Report on horse surra - Volume II, Part I
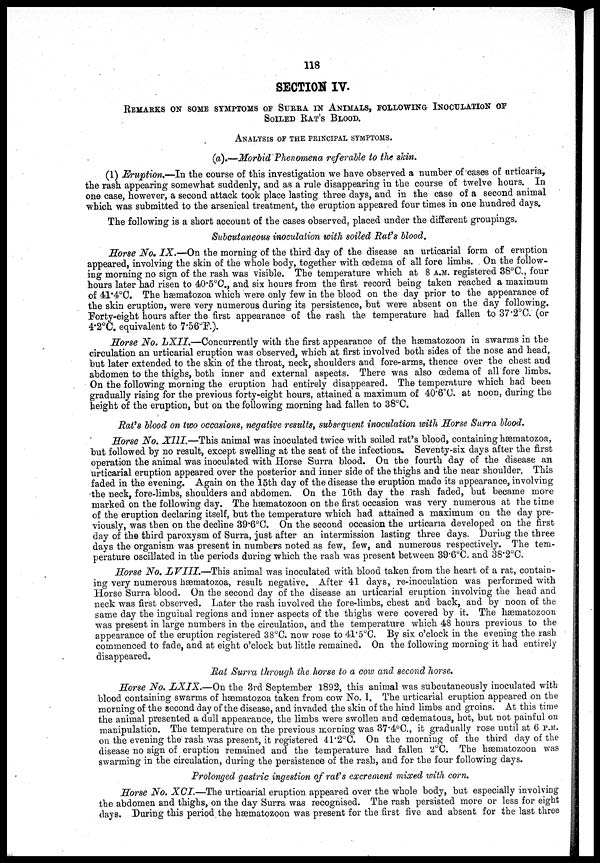
118
SECTION IV.
REMARKS ON SOME SYMPTOMS OF SURRA IN ANIMALS, FOLLOWING INOCULATION OF
SOILED RAT'S BLOOD.
ANALYSIS OF THE PRINCIPAL SYMPTOMS.
(a).—Morbid Phenomena referable to the skin.
(1) Eruption.—In the course of this investigation we have observed a number of cases of urticaria,
the rash appearing somewhat suddenly, and as a rule disappearing in the course of twelve hours. In
one case, however, a second attack took place lasting three days, and in the case of a second animal
which was submitted to the arsenical treatment, the eruption appeared four times in one hundred days.
The following is a short account of the cases observed, placed under the different groupings.
Subcutaneous inoculation with soiled Rat's blood.
Horse No, IX.—On the morning of the third day of the disease an urticarial form of eruption
appeared, involving the skin of the whole body, together with œdema of all fore limbs. On the follow-
ing morning no sign of the rash was visible. The temperature which at 8 A.M. registered 38°C., four
hours later had risen to 40.5°C., and six hours from the first record being taken reached a maximum
of 41.4°C. The hæmatozoa which were only few in the blood on the day prior to the appearance of
the skin eruption, were very numerous during its persistence, but were absent on the day following.
Forty-eight hours after the first appearance of the rash the temperature had fallen to 37.2°C. (or
4.2°C. equivalent to 7.56°F.).
Horse No. LXII.—Concurrently with the first appearance of the hæmatozoon in swarms in the
circulation an urticarial eruption was observed, which at first involved both sides of the nose and head,
but later extended to the skin of the throat, neck, shoulders and fore-arms, thence over the chest and
abdomen to the thighs, both inner and external aspects. There was also œdema of all fore limbs.
On the following morning the eruption had entirely disappeared. The temperature which had been
gradually rising for the previous forty-eight hours, attained a maximum of 40.6°C. at noon, during the
height of the eruption, but on the following morning had fallen to 38°C.
Rat's blood on two occasions, negative results, subsequent inoculation with Horse Surra blood.
Horse No. XIII.—This animal was inoculated twice with soiled rat's blood, containing hæmatozoa,
but followed by no result, except swelling at the seat of the infections. Seventy-six days after the first
operation the animal was inoculated with Horse Surra blood. On the fourth day of the disease an
urticarial eruption appeared over the posterior and inner side of the thighs and the near shoulder. This
faded in the evening. Again on the 15th day of the disease the eruption made its appearance, involving
the neck, fore-limbs, shoulders and abdomen. On the 16th day the rash faded, but became more
marked on the following day. The hæmatozoon on the first occasion was very numerous at the time
of the eruption declaring itself, but the temperature which had attained a maximum on the day pre-
viously, was then on the decline 39.6°C. On the second occasion the urticaria developed on the first
day of the third paroxysm of Surra, just after an intermission lasting three days. During the three
days the organism was present in numbers noted as few, few, and numerous respectively. The tem-
perature oscillated in the periods during which the rash was present between 39.6°C. and 38.2°C.
Horse No. LVIII.—This animal was inoculated with blood taken from the heart of a rat, contain-
ing very numerous hæmatozoa, result negative. After 41 days, re-inoculation was performed with
Horse Surra blood. On the second day of the disease an urticarial eruption involving the head and
neck was first observed. Later the rash involved the fore-limbs, chest and back, and by noon of the
same day the inguinal regions and inner aspects of the thighs were covered by it. The hæmatozoon
was present in large numbers in the circulation, and the temperature which 48 hours previous to the
appearance of the eruption registered 38°C. now rose to 41.5°C. By six o'clock in the evening the rash
commenced to fade, and at eight o'clock but little remained. On the following morning it had entirely
disappeared.
Rat Surra through the horse to a cow and second horse.
Horse No. LXIX.—On the 3rd September 1892, this animal was subcutaneously inoculated with
blood containing swarms of hæmatozoa taken from cow No. 1. The urticarial eruption appeared on the
morning of the second day of the disease, and invaded the skin of the hind limbs and groins. At this time
the animal presented a dull appearance, the limbs were swollen and œdematous, hot, but not painful on
manipulation. The temperature on the previous morning was 37.4°C., it gradually rose until at 6 P.M.
on the evening the rash was present, it registered 41.2°C. On the morning of the third day of the
disease no sign of eruption remained and the temperature had fallen 2°C. The hæmatozoon was
swarming in the circulation, during the persistence of the rash, and for the four following days.
Prolonged gastric ingestion of rat's excrement mixed with corn.
Horse No. XCI.—The urticarial eruption appeared over the whole body, but especially involving
the abdomen and thighs, on the day Surra was recognised. The rash persisted more or less for eight
days. During this period the hæmatozoon was present for the first five and absent for the last three